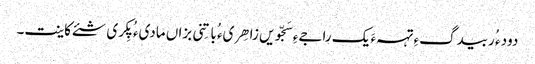
دود ء ُربیدگءِ تہہءَ یک راجےءِ سَجّویں زاھِریء ُباتِنی بزاں مادیء ُ پِکری شئے کاینت۔